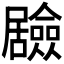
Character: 𭕻